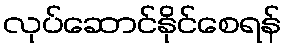
လုပ်ဆောင်နိုင်စေရန်